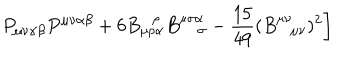
P _ { \mu \nu \alpha \beta } P ^ { \mu \nu \alpha \beta } + \left. 6 B _ { \mu \rho \alpha } ^ { \, \ \ \rho } B _ { \sigma } ^ { \mu \sigma \alpha } - \frac { 1 5 } { 4 9 } ( B _ { \ \ ~ \mu \nu } ^ { \mu \nu } ) ^ { 2 } \right]